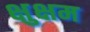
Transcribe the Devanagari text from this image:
क्षुक्षम